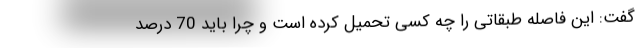
گفت: این فاصله طبقاتی را چه کسی تحمیل کرده است و چرا باید 70 درصد